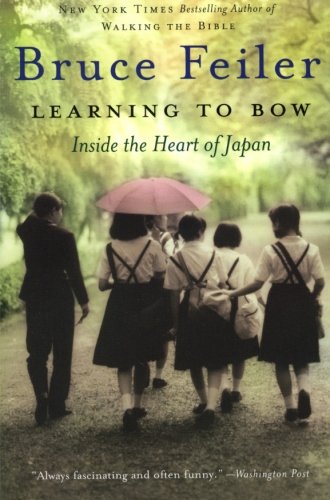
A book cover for Learning to Bow: Inside the Heart of Japan; Bruce Feiler; Biographies & Memoirs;